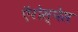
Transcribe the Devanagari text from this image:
ऍरोस्पेस